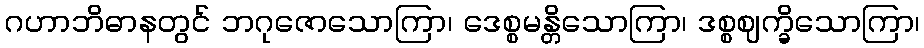
ဂဟာဘိဓာနတွင် ဘဂုဇောသောကြာ၊ ဒေစ္စမန္တိသောကြာ၊ ဒစ္စဈက္ခိသောကြာ၊